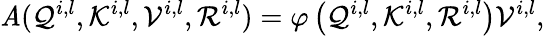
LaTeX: \mathit{A}(\mathcal{{Q}}^{i,l},\mathcal{{K}}^{i,l},\mathcal{{V}}^{i,l},\mathcal{{R}}^{i,l})=\varphi\left(\mathcal{{Q}}^{i,l},\mathcal{{K}}^{i,l},\mathcal{{R}}^{i,l}\right)\mathcal{{V}}^{i,l},